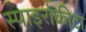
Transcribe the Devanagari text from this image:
स्पाइरोकीटा